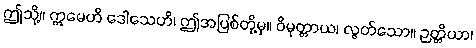
ဤသို့။ ဣမေဟိ ဒေါသေဟိ၊ ဤအပြစ်တို့မှ။ ဝိမုတ္တာယ၊ လွတ်သော။ ဉတ္တိယာ၊